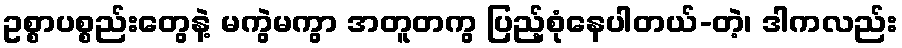
ဥစ္စာပစ္စည်းတွေနဲ့ မကွဲမကွာ အတူတကွ ပြည့်စုံနေပါတယ်-တဲ့၊ ဒါကလည်း